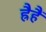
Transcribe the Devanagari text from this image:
ह्रैहैं